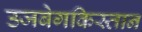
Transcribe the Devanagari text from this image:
उजबेगकिस्तान